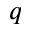
q